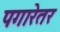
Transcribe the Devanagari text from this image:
पगारेतर